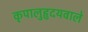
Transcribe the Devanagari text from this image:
कृपालुहृदयवाले